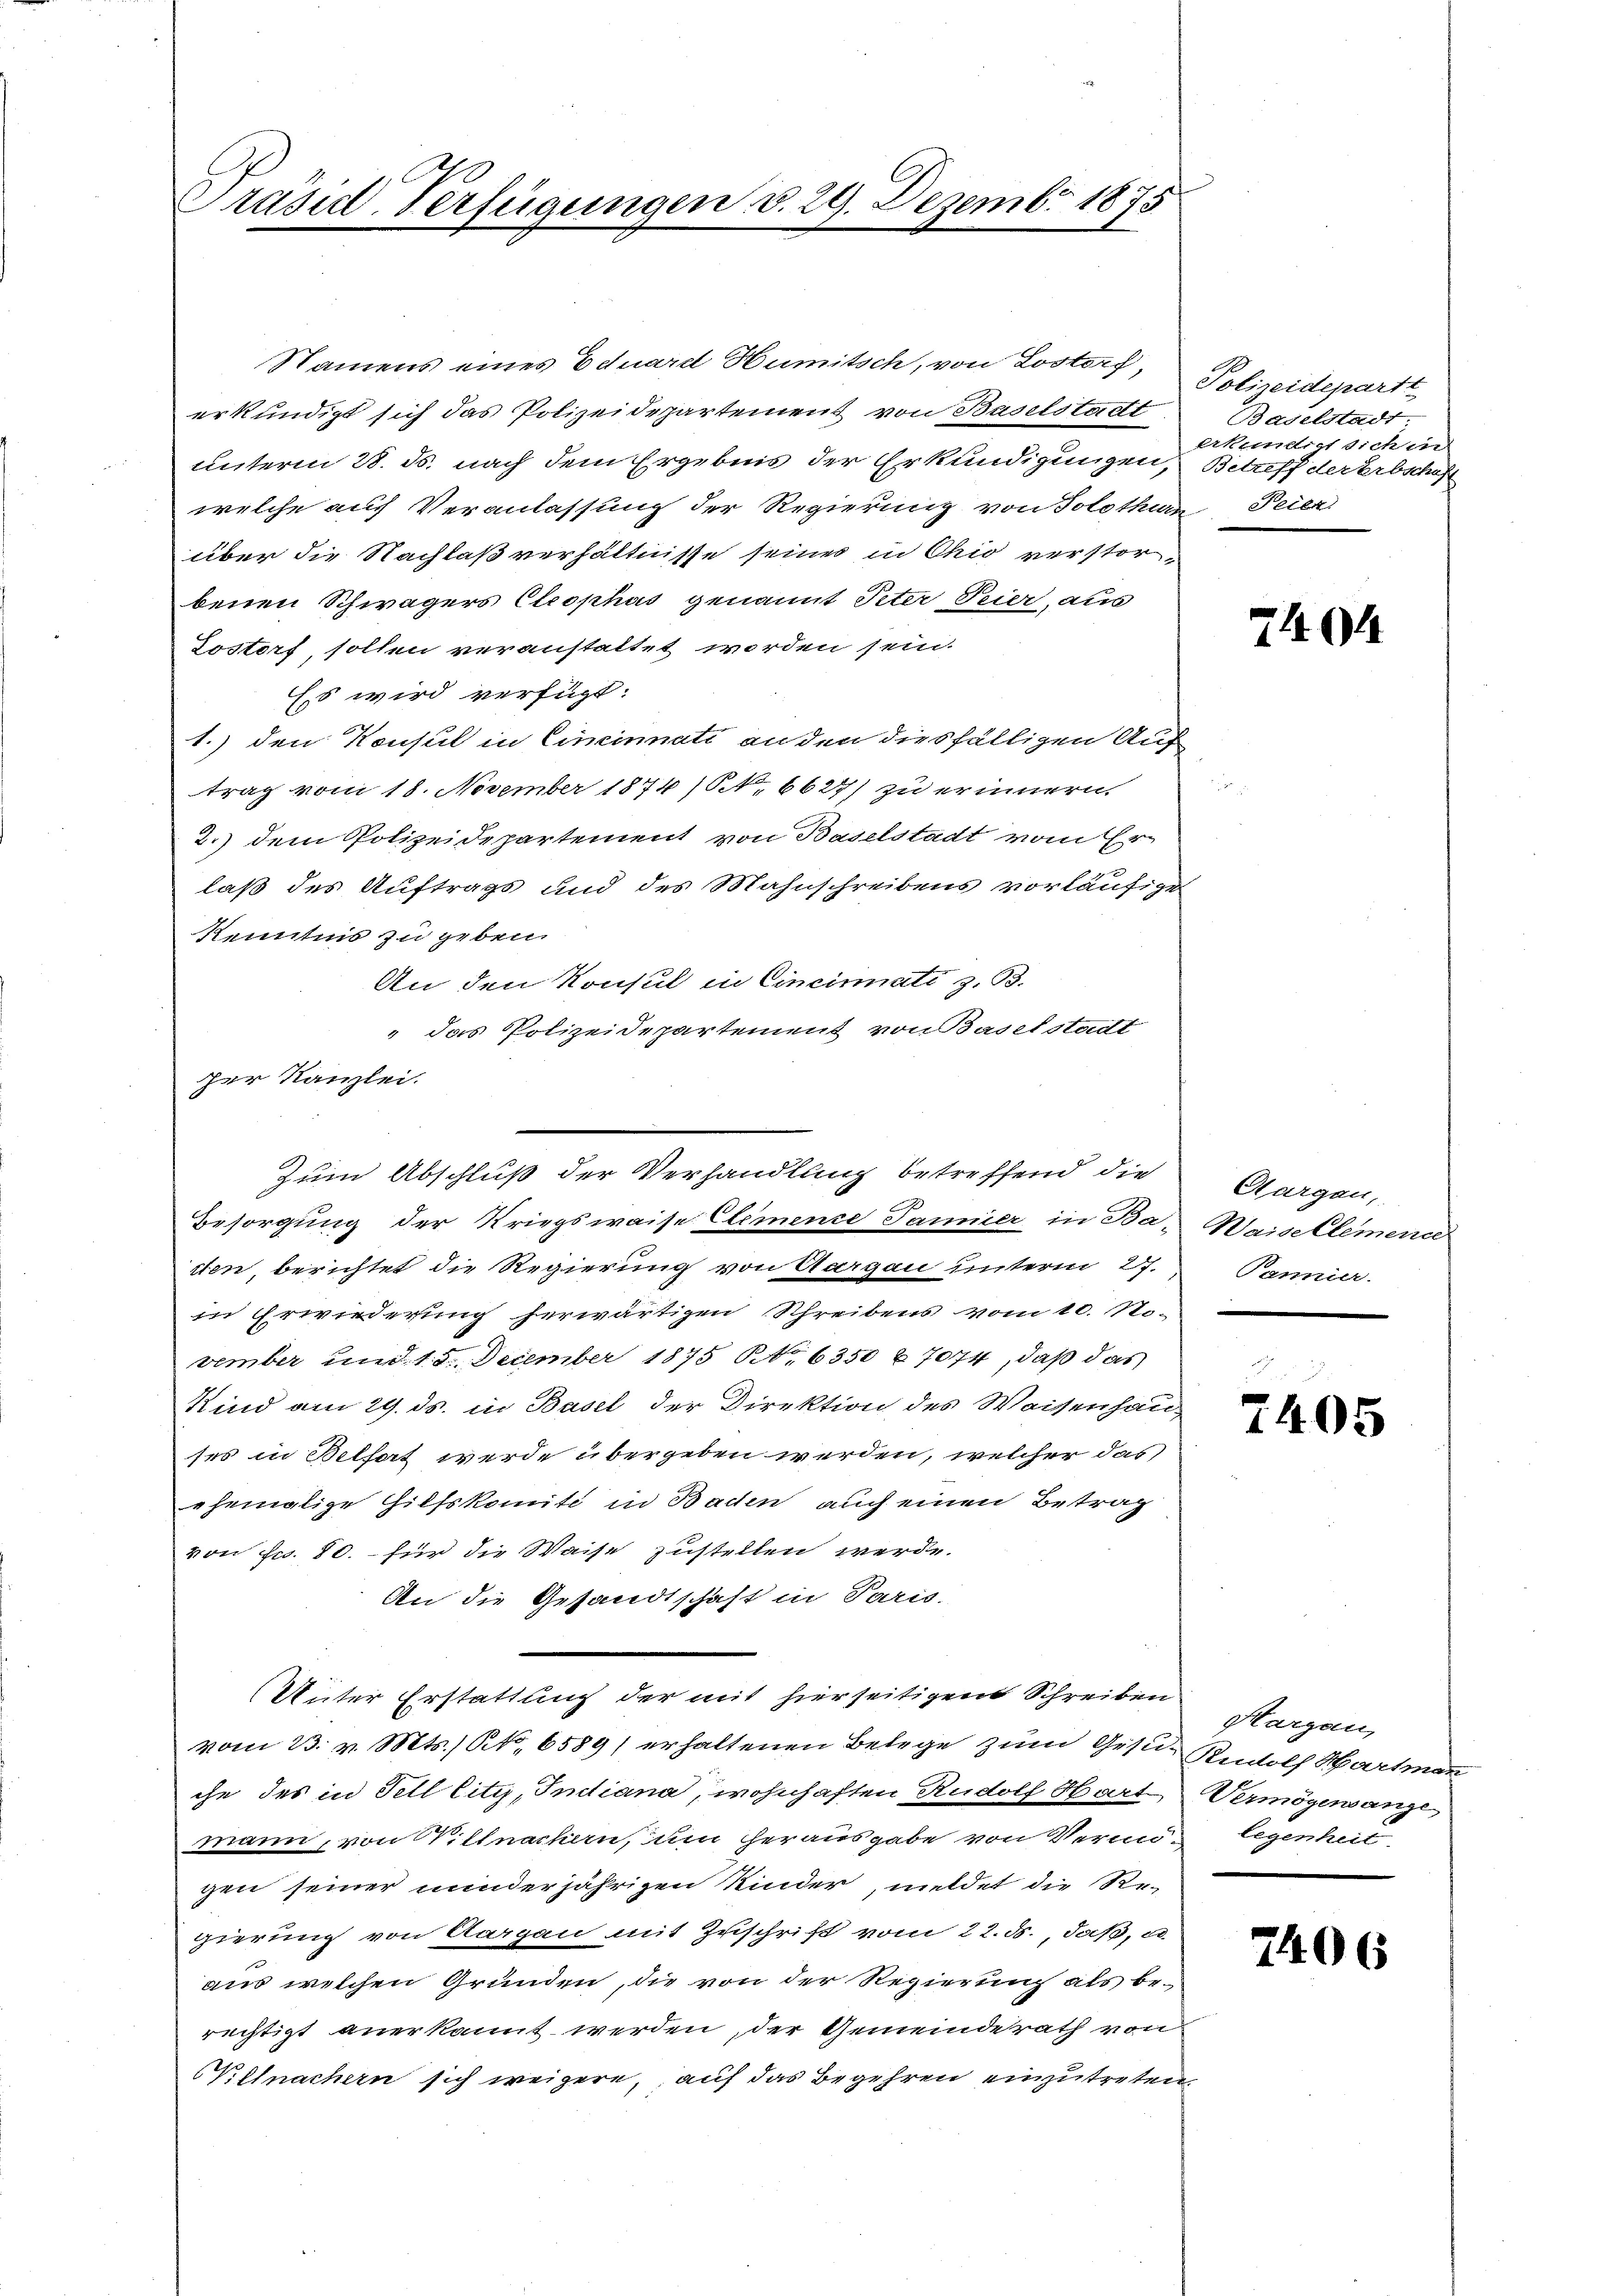
Präsid-Verfügungen v. 29. Dezembr 1875

erkundigt sich das Polizeidepartement von Baselstadt
unterm 28. ds. nach dem Ergebnis der Erkundigungen,
welche auf Veranlassung der Regierung von Solothurn Teilr
über die Nachlaß verhältnisse seines in Chio verstorbenen Schwägers Ctrophus genannt Peter Feier, aus
Tostorf, sollen veranstattet worden sein.
Ess wird verfügt:
1.) den Konsul in Cincinnati an den diesfälligen Auf
trag vom 18. November 1874 (N. 6627) zu erinnern,
2.) dem Polizeidepartement von Baselstadt vom Er
laß des Auftrags und des Mahnschreibens vorläufige
Kenntnis zu geben.
An den Konsul in Cincinati z. B.
" das Polizeidepartement von Baselstadt
Besorgung der Kriegsweise Elemente Janner, in Ba-
iten, berichtet die Regierung von Aargau unterm 27.
in Erwiederung herwärtigen Schreibens vom 10. No.
vember und 18. December 1875 No 6350 u. 7074, daß das
Kind am 29. ds. in Basel der Direktion des Waisenhaus
ses in Belhat werde übergeben werden, welcher das
ehemalige Hilfskomité in Bachen auch einen Betrag
von Fr. 80. - für die Waise zustellen werde.
An die Gesandtschaft in Paris.
Unter Erstattung der mit hierseitigen Schreiben
vom 23. v. Mts., dto. 6589) erhaltenen Belege zum Gesuch Rudolf Hartmann
che des in Fell City, Indiana, wohnhaften Rudolf Hart Vermögensanze
mann, von Villnachern, um herausgabe von Vermi legenheit
gen seiner minderjährigen Kinder, meldet die Regierung von Aargau mit Zuschrift vom 22. ds., daß, e
aus welchen Gründen, die von der Regierung als berechtigt anerkannt werden, der Gemeinderath von
Vietnachern sich weigere, auf das Begehren einzutreten.

zer Kanzlei.

Zum Abschluß der Verhandlung betreffend die

Namens eines Eduard Humitsch, von Lostorf,

Polizeidepartt
Baselstadt,
erkundigt sich in
Betreff der Erbschaft

404

Aargau,
Waisellemend
Pannier.

7405

Hargau,

7406